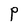
Character: P